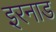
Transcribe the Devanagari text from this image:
इरनाड